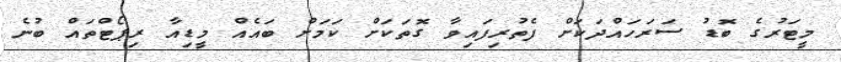
މީޓަރުގެ ބޮޑު ސަރަހައްދަކަށް ފެތުރިފައިވާ ގޮތަކަށް ކަމަށް ބައެއް މީޑިއާ ރިޕޯޓްތައް ބުނެ